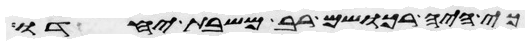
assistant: כי היה רכושם רב משבת יחדו